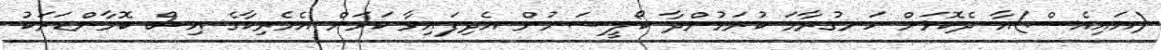
(އައިއެސް)އާ ދެކޮޅަށް ހަނގުރާމަ ކުރަމުންދާ ކޯލީޝަނުން އެދިފައިވާ ކަމަށް އެމެރިކާގެ އިސް ކޮމާންޑަރަކު